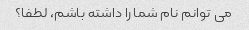
می توانم نام شما را داشته باشم، لطفا؟